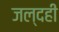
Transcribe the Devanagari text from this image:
जल्‍दही